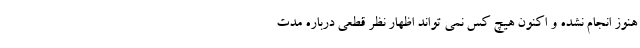
هنوز انجام نشده و اکنون هیچ کس نمی تواند اظهار نظر قطعی درباره مدت